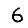
Digit: 6